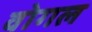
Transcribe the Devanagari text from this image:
वोगल